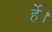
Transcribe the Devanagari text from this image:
र्हे।